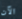
الآن